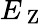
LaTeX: E_{\mathrm{~Z~}}